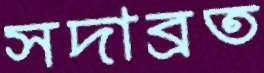
সদাব্রত